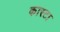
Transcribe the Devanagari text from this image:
कास्टा